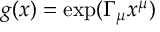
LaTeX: g ( x ) = \exp ( \Gamma _ { \mu } x ^ { \mu } )